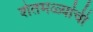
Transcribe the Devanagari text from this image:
शेतमळ्यांची